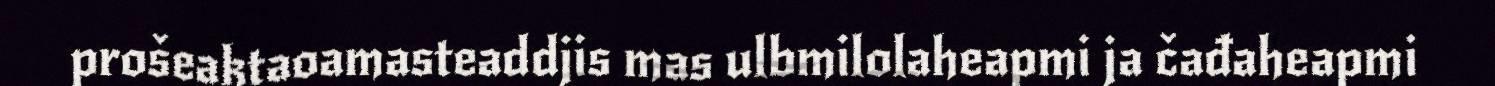
prošeaktaoamasteaddjis mas ulbmilolaheapmi ja čađaheapmi